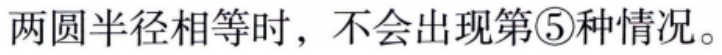
两圆半径相等时，不会出现第\textcircled{5}种情况。